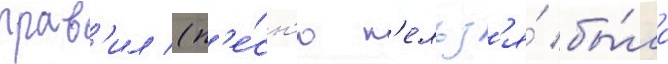
прав'ил (п'е́сн'ю н'ельз'я́ бы́ло